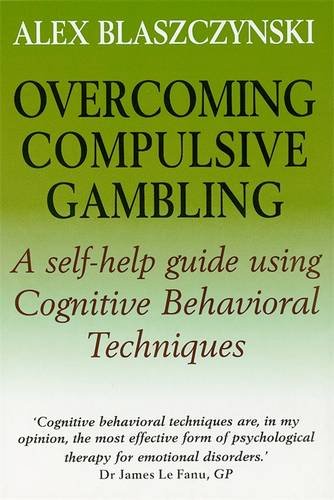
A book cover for Overcoming Compulsive Gambling; Alex Blaszczynski; Health, Fitness & Dieting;